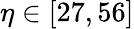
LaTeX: \eta\in[27,56]